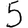
Digit: 5